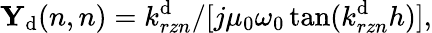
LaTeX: {\mathbf Y}_{\mathrm{d}}(n,n)={k_{rzn}^{\mathrm{d}}}/[{j\mu_{0}\omega_{0}\tan(k_{rzn}^{\mathrm{d}}{h})}],